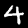
Label: 4